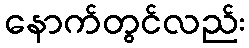
နောက်တွင်လည်း